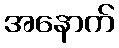
အနောက်